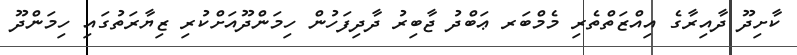
ކާށިދޫ ދާއިރާގެ އިއްޒަތްތެރި މެމްބަރ ޢަބްދު ޖާބިރު ދާދިފަހުން ހިމަންދޫއަށްކުރި ޒިޔާރަތުގައި ހިމަންދޫ